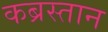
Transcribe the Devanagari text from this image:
कब्रस्‍तान